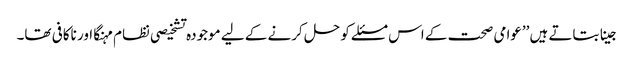
جینا بتاتے ہیں ’’عوامی صحت کے اس مسئلے کو حل کرنے کے لیے موجودہ تشخیصی نظام مہنگا اور ناکافی تھا۔